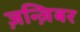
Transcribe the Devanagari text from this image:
ज़न्ज़िबर